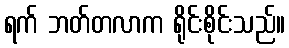
ရက် ဘတ်တလာက ရိုင်းစိုင်းသည်။